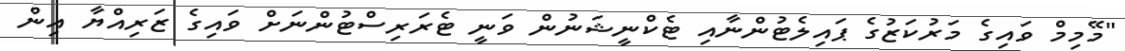
"މޭމިމް ވައިގެ މަރުކަޒުގެ ޕައިލެޓުންނާއި ޓެކްނީޝަނުން ވަނީ ޓެރަރިސްޓުންނަށް ވައިގެ ޒަރިއްޔާ އިން